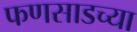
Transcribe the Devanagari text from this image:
फणसाडच्या